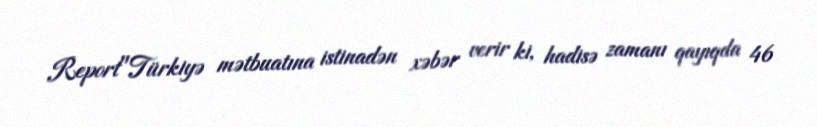
Report"Türkiyə mətbuatına istinadən xəbər verir ki, hadisə zamanı qayıqda 46